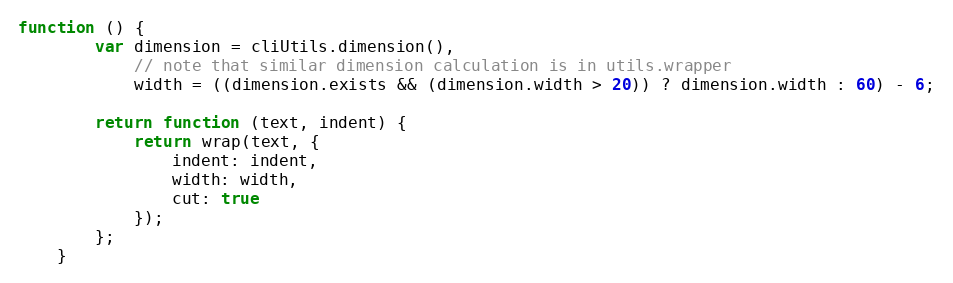
Language: JavaScript
function () {
        var dimension = cliUtils.dimension(),
            // note that similar dimension calculation is in utils.wrapper
            width = ((dimension.exists && (dimension.width > 20)) ? dimension.width : 60) - 6;

        return function (text, indent) {
            return wrap(text, {
                indent: indent,
                width: width,
                cut: true
            });
        };
    }